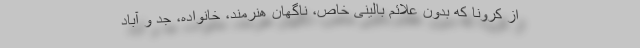
از کرونا که بدون علائم بالینی خاص، ناگهان هنرمند، خانواده، جد و آباد